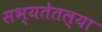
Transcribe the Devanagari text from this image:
सभ्यतेतल्या